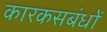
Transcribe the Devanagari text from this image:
कारकसबंधों